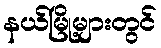
နယ်မြို့များတွင်